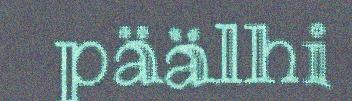
päälhi